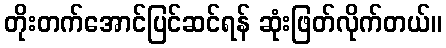
တိုးတက်အောင်ပြင်ဆင်ရန် ဆုံးဖြတ်လိုက်တယ်။